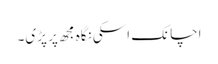
اچانک اسکی نگاہ مجھ پر پڑی۔